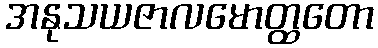
အနုသယဇာလမောတ္ထတော